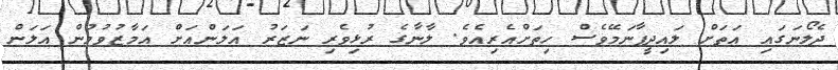
ދެލޯނަގައި އަތަށް ލައިދީފާނަމޭވެސް ހިތަށްއެރިއެވެ. ލާނާގެ ރުޅިވެރި ނަޒަރު އަލަންއަށް އަމާޒުވުމުން އަލަން